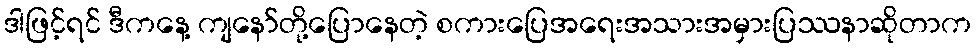
ဒါဖြင့်ရင် ဒီကနေ့ ကျနော်တို့ပြောနေတဲ့ စကားပြေအရေးအသားအမှားပြဿနာဆိုတာက